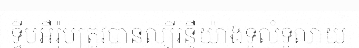
ទ្វីបអឺរ៉ុបត្រូវបានល្បីរន្ទឺយ៉ាងទូលំទូលាយ